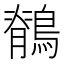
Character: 鶺